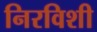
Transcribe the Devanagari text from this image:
निरविशी